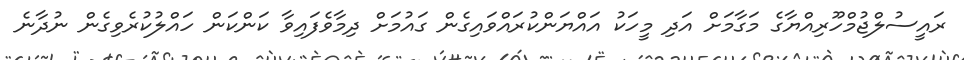
ރައީސުލްޖުމްހޫރިއްޔާގެ މަގާމަށް އަދި މީހަކު އައްޔަންކުރައްވައިގެން ގައުމަށް ދިމާވެފައިވާ ކަންކަން ހައްލުކުރެވިގެން ނުދާނެ